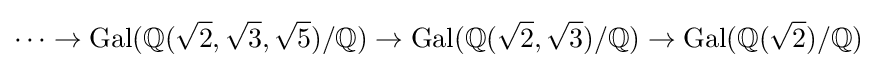
\cdots \to \operatorname {Gal} (\mathbb {Q} ({\sqrt {2}},{\sqrt {3}},{\sqrt {5}})/\mathbb {Q} )\to \operatorname {Gal} (\mathbb {Q} ({\sqrt {2}},{\sqrt {3}})/\mathbb {Q} )\to \operatorname {Gal} (\mathbb {Q} ({\sqrt {2}})/\mathbb {Q} )